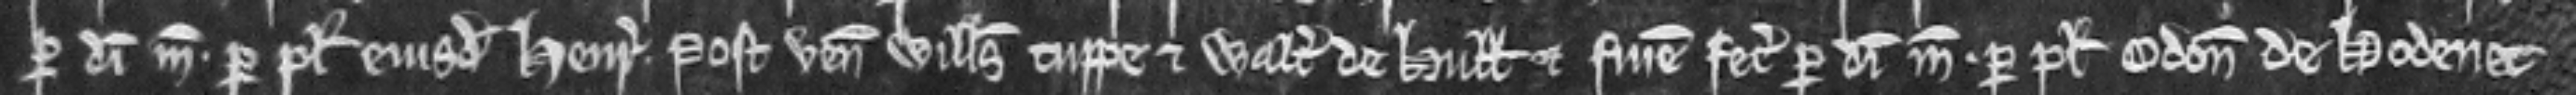
per dimidiam. marcam per plegium ejusdem Henrici. Post venerunt Willemus Tuppe et Walterus de Hull et finem fecerunt per dimidiam. marcam per plegium Odonis de Hodenet